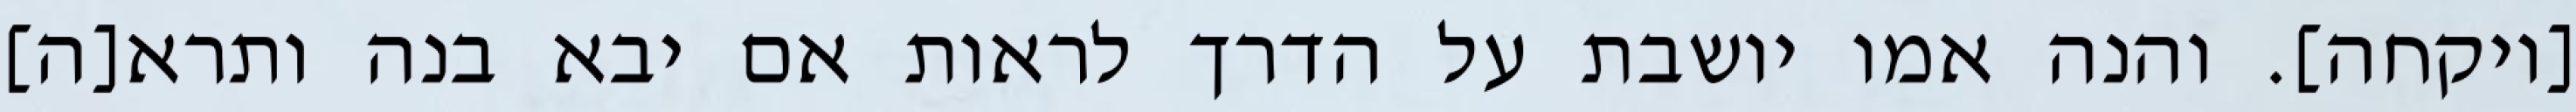
[ויקחה]. והנה אמו יושבת על הדרך לראות אם יבא בנה ותרא[ה]